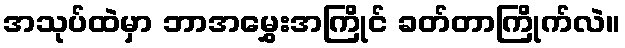
အသုပ်ထဲမှာ ဘာအမွှေးအကြိုင် ခတ်တာကြိုက်လဲ။